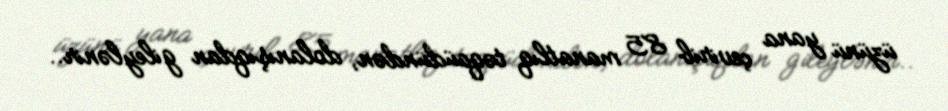
üzünü yana çevirib 85 manatlıq təqaüdündən, dolanışıqdan gileylənir..